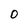
Character: 0